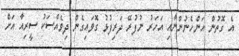
އެ ގޮތުން އަންހެނުންނާއި އަހަރު ނުފުރޭ ދަރިފުޅު ގޮވައިގެން ދިވެއްސަކު ސީރިއާ އަށް